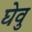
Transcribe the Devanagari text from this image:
घेवु